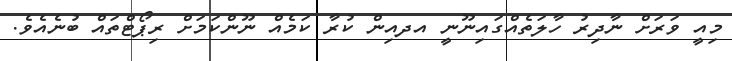
މިއީ ވަރަށް ނާދިރު ހާލަތެއްގައިނޫނީ އދއިން ކުރާ ކަމެއް ނޫންކަމަށް ރިޕޯޓްތައް ބުނެއެވެ.